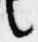
言